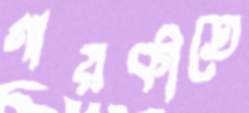
গায়কীতে